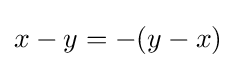
x-y=-(y-x)